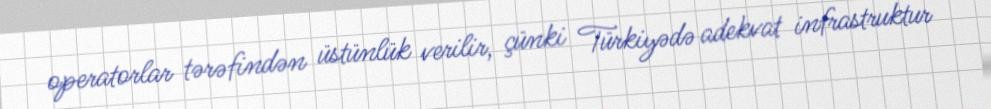
operatorlar tərəfindən üstünlük verilir, çünki Türkiyədə adekvat infrastruktur